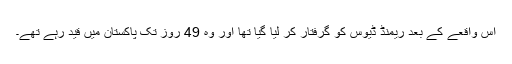
اس واقعے کے بعد ریمنڈ ڈیوس کو گرفتار کر لیا گیا تھا اور وہ 49 روز تک پاکستان میں قید رہے تھے۔